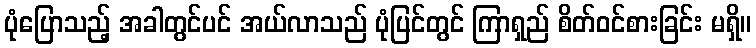
ပုံပြောသည့် အခါတွင်ပင် အယ်လာသည် ပုံပြင်တွင် ကြာရှည် စိတ်ဝင်စားခြင်း မရှိ။